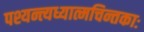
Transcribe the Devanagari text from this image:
पश्यन्त्यध्यात्मचिन्तकाः